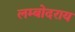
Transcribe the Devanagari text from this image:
लम्बोदराय